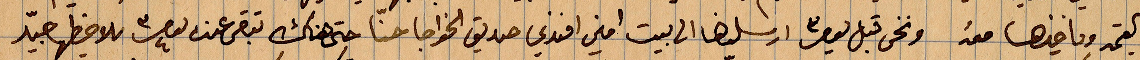
بالقيمة وياخذها معه ونحن قبل ارسلناها الي بيت امين افندي صديق الخواجا حتى هناك تبقى عند بعض ملاحظها جيّد